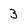
Character: 3